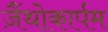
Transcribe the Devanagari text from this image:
ज़ैंथोकार्पम